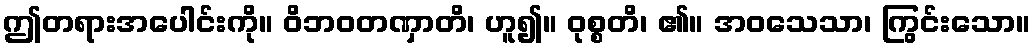
ဤတရားအပေါင်းကို။ ဝိဘဝတဏှာတိ၊ ဟူ၍။ ဝုစ္စတိ၊ ၏။ အဝသေသာ၊ ကြွင်းသော။